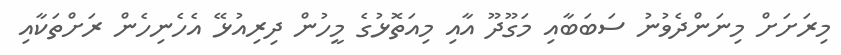
މިރަށަށް މިނަންދެވުނު ސަބަބާއި މަގޫދޫ އާއި މިއަތޮޅުގެ މީހުން ދިރިއުޅޭ އެހެނިހެން ރަށްތަކާއި